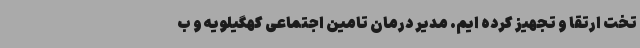
تخت ارتقا و تجهیز کرده ایم. مدیر درمان تامین اجتماعی کهگیلویه و ب